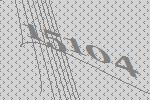
15104